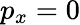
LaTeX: p_{x}=0